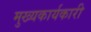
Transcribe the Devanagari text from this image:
मुख्यकार्यकारी